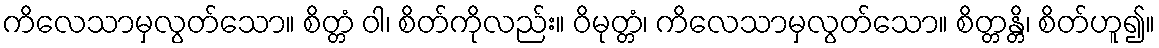
ကိလေသာမှလွတ်သော။ စိတ္တံ ဝါ၊ စိတ်ကိုလည်း။ ဝိမုတ္တံ၊ ကိလေသာမှလွတ်သော။ စိတ္တန္တိ၊ စိတ်ဟူ၍။